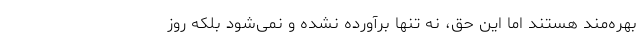
بهره‌مند هستند اما این حق، نه تنها برآورده نشده و نمی‌شود بلکه روز